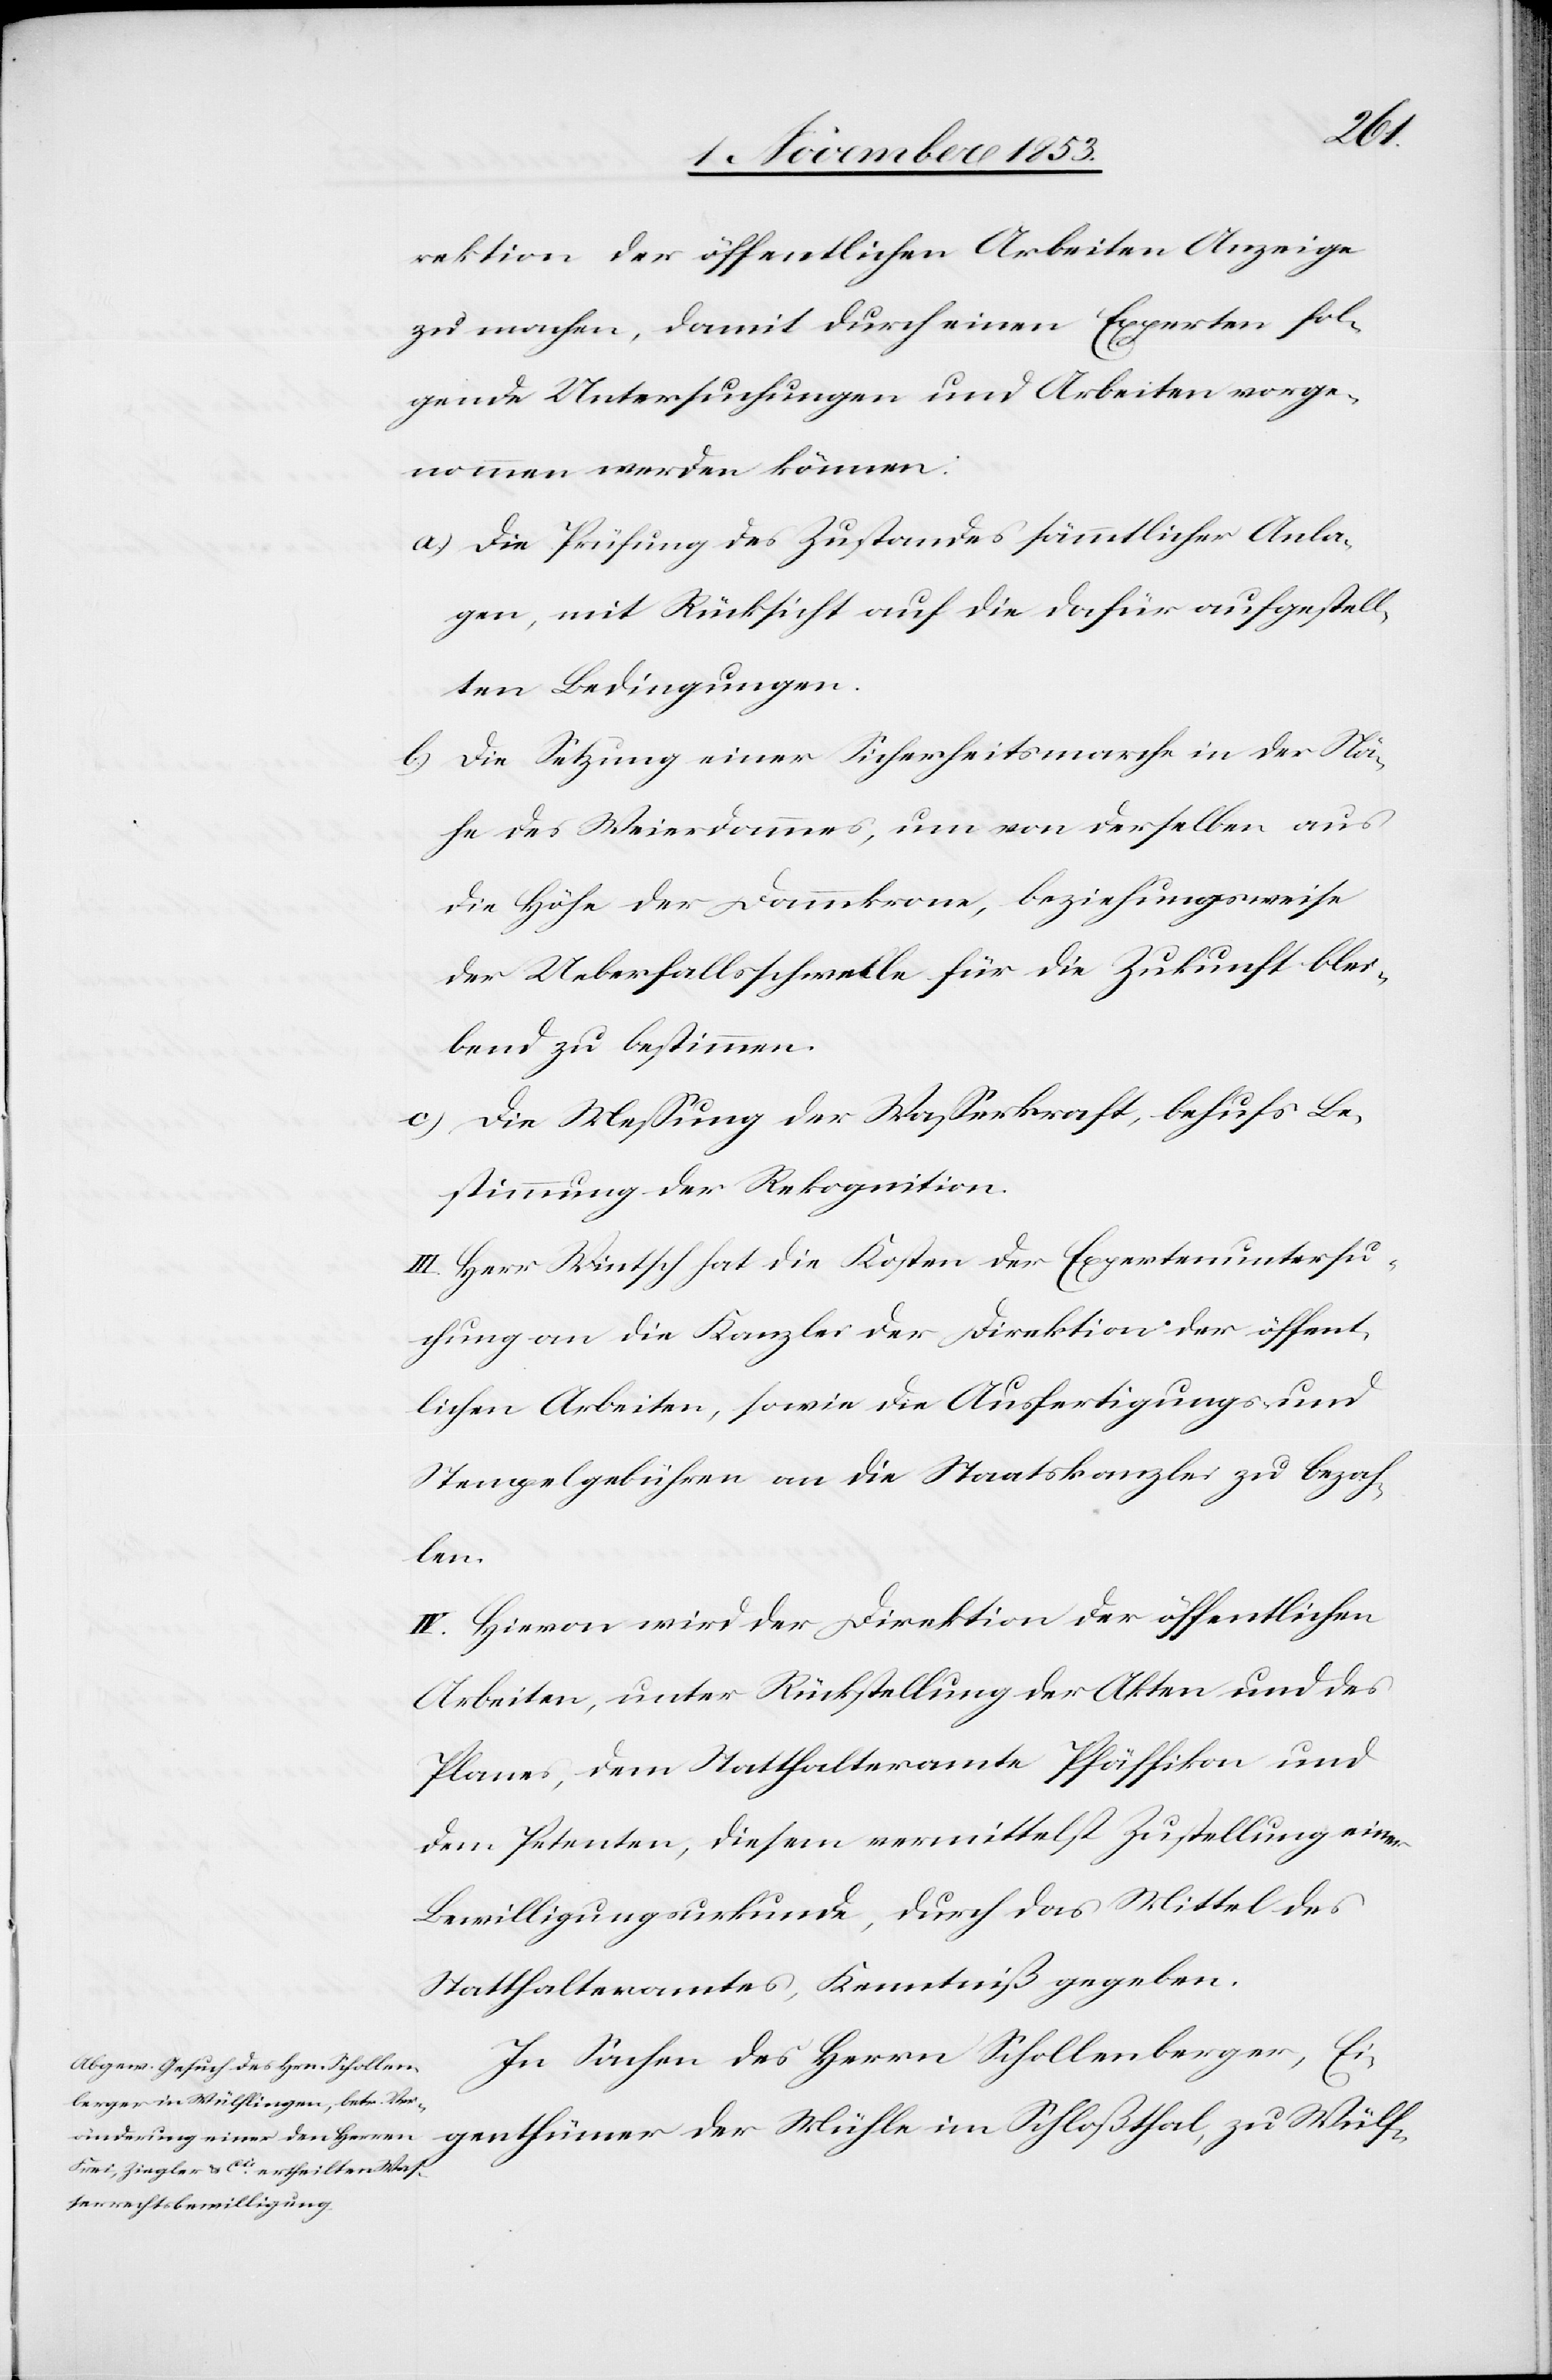
rektion der öffentlichen Arbeiten Anzeige
zu machen, damit durch einen Experten fol¬
gende Untersuchung und Arbeiten vorge¬
nommen werden können.
a) Die Prüfung des Zustandes sämmtlicher Anla¬
gen, mit Rücksicht auf die dafür ausgestell¬
ten Bedingungen.
b) Die Setzung einer Sicherheitsmarche in der Nä¬
he des Weierdammes, um von derselben aus
die Höhe der Dammkrone, beziehungsweise
der Ueberfallsschwelle für die Zukunft blei¬
bend zu bestimmen.
c) Die Meßung der Waßerkraft, behufs Be¬
stimmung der Rekognition.
III. Herr Wintsch hat die Kosten der Expertenuntersu¬
chung an die Kanzlei der Direktion der öffent¬
lichen Arbeiten, sowie die Ausfertigungs- u.
Stempelgebühren an die Staatskanzlei zu bezah¬
len.
IV. Hievon wird der Direktion der öffentlichen
Arbeiten, unter Rückstellung der Akten und des
Planes, dem Statthalteramte Pfäffikon und
dem Petenten, diesen vermittelst Zustellung einer
Bewilligungsurkunde, durch das Mittel des
Statthalteramtes, Kenntniß gegeben.
In Sachen des Herrn Schollenberger, Ei¬
genthümer der Mühle im Schloßthal, zu Wülf-